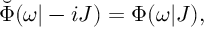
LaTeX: \breve { \Phi } ( \omega | - i J ) = \Phi ( \omega | J ) ,